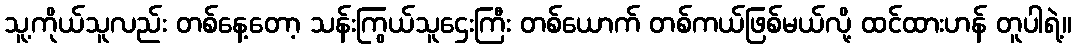
သူ့ကိုယ်သူလည်း တစ်နေ့တော့ သန်းကြွယ်သူဌေးကြီး တစ်ယောက် တစ်ကယ်ဖြစ်မယ်လို့ ထင်ထားဟန် တူပါရဲ့။